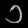
Digit: ၁